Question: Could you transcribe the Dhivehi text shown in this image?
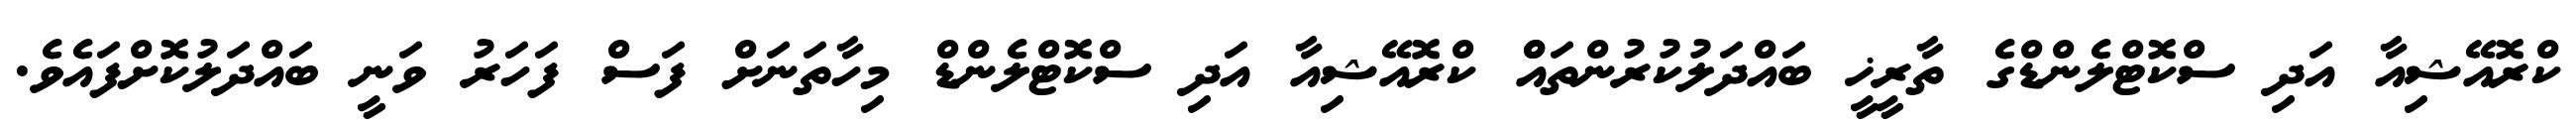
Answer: ކްރޮއޭޝިއާ އަދި ސްކޮޓްލެންޑްގެ ތާރީޚީ ބައްދަލުކުރުންތައްް ކްރޮއޭޝިއާ އަދި ސްކޮޓްލެންޑް މިހާތަނަށް ފަސް ފަހަރު ވަނީ ބައްދަލުކޮށްފައެވެ.